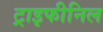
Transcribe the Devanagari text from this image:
ट्राइफीनिल